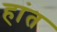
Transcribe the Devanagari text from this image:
हांत